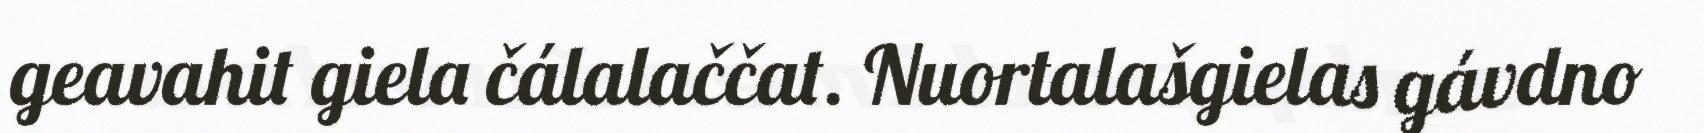
geavahit giela čálalaččat. Nuortalašgielas gávdno